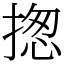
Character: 揔